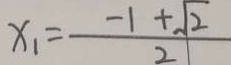
x _ { 1 } = \frac { - 1 + \sqrt { 2 } } { 2 }